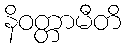
နိဝတ္တာမီတိ